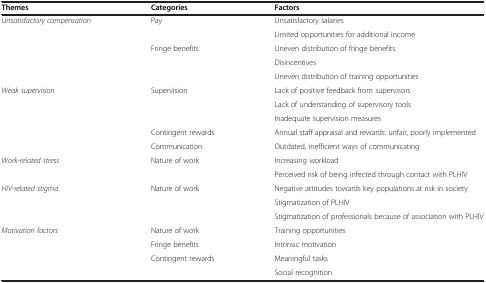
| Themes | Categories | Factors |
 | --- | --- | --- |
 | <ROWSPAN=5> Unsatisfactory compensation | <ROWSPAN=2> Pay | Unsatisfactory salaries |
 | Limited opportunities for additional income |
 | <ROWSPAN=3> Fringe benefits | Uneven distribution of fringe benefits |
 | Disincentives |
 | Uneven distribution of training opportunities |
 | <ROWSPAN=5> Weak supervision | <ROWSPAN=3> Supervision | Lack of positive feedback from supervisors |
 | Lack of understanding of supervisory tools |
 | Inadequate supervision measures |
 | Contingent rewards | Annual staff appraisal and rewards: unfair, poorly implemented |
 | Communication | Outdated, inefficient ways of communicating |
 | <ROWSPAN=2> Work-related stress | <ROWSPAN=2> Nature of work | Increasing workload |
 | Perceived risk of being infected through contact with PLHIV |
 | <ROWSPAN=3> HIV-related stigma | <ROWSPAN=3> Nature of work | Negative attitudes towards key populations at risk in society |
 | Stigmatization of PLHIV |
 | Stigmatization of professionals because of association with PLHIV |
 | <ROWSPAN=4> Motivation factors | Nature of work | Training opportunities |
 | Fringe benefits | Intrinsic motivation |
 | <ROWSPAN=2> Contingent rewards | Meaningful tasks |
 | Social recognition |